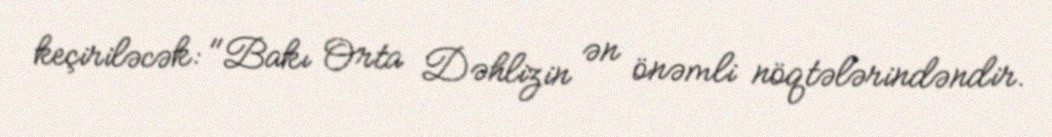
keçiriləcək: "Bakı Orta Dəhlizin ən önəmli nöqtələrindəndir.